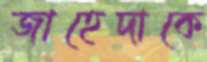
জাহেদাকে